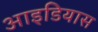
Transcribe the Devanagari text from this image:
आइडियास